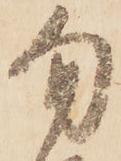
勿